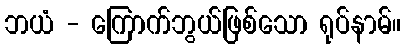
ဘယံ - ကြောက်ဘွယ်ဖြစ်သော ရုပ်နာမ်။